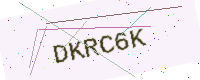
Text: DKRC6K